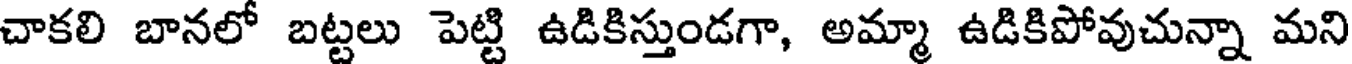
చాకలి బానలో బట్టలు పెట్టి ఉడికిస్తుండగా, అమ్మా ఉడికిపోవుచున్నా మని